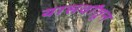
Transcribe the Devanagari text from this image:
यासर्वांतून